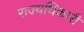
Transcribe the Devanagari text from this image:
राज्यधिकारी